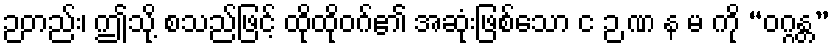
ဉတည်း၊ ဤသို့ စသည်ဖြင့် ထိုထိုဝဂ်၏ အဆုံးဖြစ်သော င ဉ ဏ န မ ကို “ဝဂ္ဂန္တ”